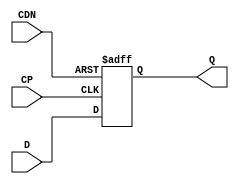
// SPDX-License-Identifier: Apache-2.0
// Copyright (C) 2019 Intel Corporation. 
module aibcr3_ff_r ( 
	input wire CP,
	input wire CDN,
	input wire D,
	output reg Q
);

always@(posedge CP or negedge CDN) begin
	if (!CDN) begin
		Q <= 1'b0;
	end
	else begin
		Q <= D;
	end
end
endmodule